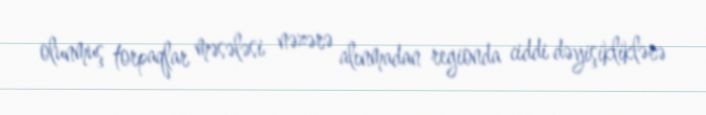
olunmuş torpaqlar məsələsi nəzərə alınmadan regionda ciddi dəyişikliklərə